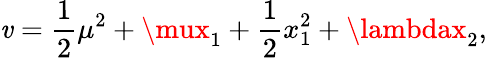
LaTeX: \mathit{v}=\frac{{1}}{{2}}\mu^{2}+\mux_{1}+\frac{{1}}{{2}}x_{1}^{2}+\lambdax_{2},